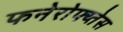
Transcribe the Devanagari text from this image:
फनेरोफ्य्तेस